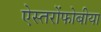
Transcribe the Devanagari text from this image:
ऐस्तरोंफोबीया